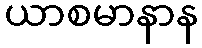
ယာစမာနာန